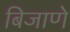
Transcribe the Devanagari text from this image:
बिजाणे